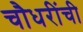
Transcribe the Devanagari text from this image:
चौधरींची